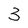
Character: 3